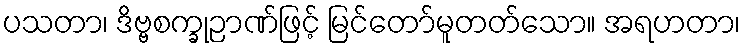
ပသတာ၊ ဒိဗ္ဗစက္ခုဉာဏ်ဖြင့် မြင်တော်မူတတ်သော။ အရဟတာ၊